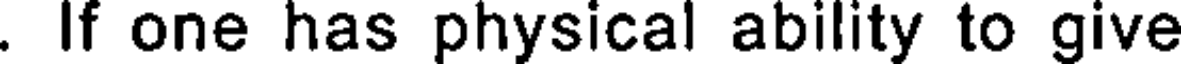
. If one has physical ability to give